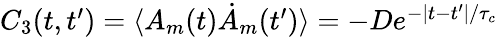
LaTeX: \begin{array}{r}{C_{3}(t,t^{\prime})=\langle A_{m}(t)\dot{A}_{m}(t^{\prime})\rangle=-{D}e^{-|t-t^{\prime}|/\tau_{c}}}\end{array}